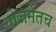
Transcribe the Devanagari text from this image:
योजनेतच